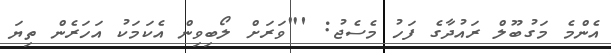
އެންމެ މަގުބޫލް ރައުދާގެ ފަހު މެސެޖު: '"ވަރަށް ލޯބިވިން އެކަމަކު އަހަރެން ތިޔަ